Vaccination United Provinces of Agra and Oudh 1902-1913 - 1902-1913
Year: 1902
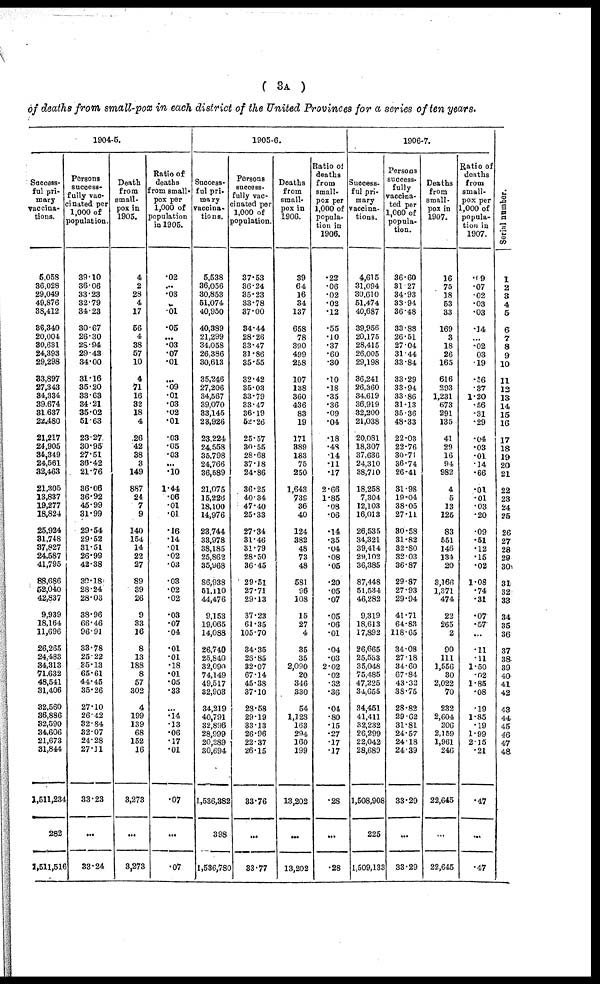
( 3A )
of deaths from small-pox in each district of the United Provinces for a series of ten years.
1904-5.
Success¬
ful pri-
mary
vaccina-
tions.
5,058
36,028
29,049
49,876
38,412
36,340
20,004
30,631
24,393
29,298
33,897
27,343
34,334
39,674
31,637
22,480
21,217
24,905
34,349
24,561
32,463
21,305
13,837
19,277
18,824
25,924
31,748
37,827
24,587
41,795
88,686
52,040
42,837
9,939
18,164
11,696
26,265
24,483
34,313
71,632
48,541
31,406
32,560
36,886
32,590
34,606
21,673
31,844
1,511,234
282
1,511,516
Persons
success-
fully vac¬
cinated per
1,000 of
population.
39.10
36.06
33.23
32.79
34.23
30.67
26.30
28.94
29.43
34.00
31.16
35.20
33.63
34.21
35.02
51.63
23.27
30.95
27.51
36.42
21.76
36.06
36.92
45.99
31.99
29.54
29.52
31.51
26.99
42.38
30.18
28.24
28.03
38.96
66.46
96.91
33.78
25.22
35.13
65.61
44.45
35.26
27.10
26.42
32.84
32.07
24.28
27.31
33.23
...
33.24
Death
from
small-
pox in
1905.
4
2
28
4
17
56
4
38
57
10
4
71
16
32
18
4
26
42
38
3
149
887
24
7
9
140
154
14
22
27
89
39
26
9
33
16
8
13
188
8
57
302
4
199
139
68
152
16
3,273
...
3,273
Ratio of
deaths
from small¬
pox per
1,000 of
population
in 1905.
.02
...
.03
...
.01
.05
...
.03
.07
.01
...
.09
.01
.03
.02
.01
.03
.05
.03
...
.10
1.44
.06
.01
.01
.16
.14
.01
.02
.03
.03
.02
.02
.03
.07
.04
.01
.01
.18
.01
.05
.33
...
.14
.13
.06
.17
.01
.07
...
.07
1905-6.
Success-
ful pri¬
mary
vaccina-
tions.
5,538
36,056
30,853
51,074
40,950
40,389
21,299
34,058
26,386
30,613
35,246
27,206
34,567
39,070
33,145
23,926
23,224
24,558
35,798
24,766
36,589
21,075
15,226
18,100
14,976
23,744
33,978
38,185
25,862
35,968
86,938
51,110
44,476
9,153
19,065
14,088
26,740
25,840
32,090
74,149
49,517
32,903
34,219
40,791
32,896
28,999
20,289
30,694
1,536,382
398
1,536,780
Persons
success-
fully vac-
cinated per
1,000 of
population.
37.53
36.24
35.23
33.78
37.00
34.44
28.26
33.47
31.86
35.55
32.42
35.03
33.79
33.47
36.19
52.26
25.57
30.55
28.68
37.18
24.86
36.25
40.34
47.40
25.33
27.34
31.46
31.79
28.50
36.45
29.51
27.71
29.13
37.23
61.35
105.70
34.35
26.85
32.07
67.14
45.38
37.10
28.58
29.19
33.13
26.96
22.37
26.15
33.76
...
33.77
Deaths
from
small-
pox in
1906.
39
64
16
34
137
658
78
390
499
258
107
138
360
436
83
19
171
389
183
75
250
1,643
739
36
40
124
382
48
73
48
581
96
108
15
27
4
35
35
2,090
20
346
330
54
1,128
163
294
160
199
13,202
...
13,202
Ratio of
deaths
from
small-
pox per
1,000 of
popula-
tion in
1906.
.22
.06
.02
.02
.12
.55
.10
.37
.60
.30
.10
.18
.35
.36
.09
.04
.18
.48
.14
.11
.17
2.66
1.85
.08
.06
.14
.35
.04
.08
.05
.20
.05
.07
.05
.06
.01
.04
.03
2.02
.02
.32
.36
.04
.80
.15
.27
.17
.17
.28
...
.28
1906-7.
Success-
ful pri-
mary
vaccina-
tions.
4,615
31,094
30,610
51,474
40,687
39,956
20,175
28,415
26,005
29,198
36,241
26,360
34,619
36,919
32,200
21,038
20,081
18,307
37,636
24,310
38,710
18,258
7,304
12,103
16,013
26,535
34,321
39,414
29,102
36,385
87,448
51,534
46,282
9,319
18,613
17,892
26,665
25,533
35,048
75,485
47,225
34,655
34,451
41,411
32,232
26,299
22,042
28,689
1,508,908
225
1,509,133
Persons
success¬
fully
vaccina-
ted per
1,000 of
popula-
tion.
36.60
31.27
34.93
33.94
36.48
33.88
26.51
27.04
31.44
33.84
33.29
33.94
33.86
31.13
35.36
48.33
22.03
22.76
30.71
36.74
26.41
31.98
19.04
38.05
27.11
30.58
31.82
32.80
32.03
36.87
29.87
27.93
29.94
41.71
64.83
118.65
34.08
27.18
34.60
67.84
43.32
38.75
28.82
29.62
31.81
24.57
24.18
24.39
33.29
...
33.29
Deaths
from
small-
pox in
1907.
16
75
18
53
33
169
3
18
26
165
616
293
1,231
673
291
135
41
29
16
94
982
4
5
13
125
83
551
146
134
20
3,166
1,371
474
22
265
2
90
111
1,556
30
2,022
70
232
2,604
206
2,159
1,961
246
22,645
...
22,645
Ratio of
deaths
from
small-
pox per
1,000 of
popula-
tion in
1907.
.09
.07
.02
.03
.03
.14
...
.02
.03
.19
.56
.37
1.20
.56
.31
.29
.04
.03
.01
.14
.66
.01
.01
.03
.20
.09
.51
.12
.15
.02
1.08
.74
.31
.07
.57
...
.11
.11
1.50
.02
1.85
.08
.19
1.85
.19
1.99
2.15
.21
.47
...
.47
Serial number.
1
2
3
4
5
6
7
8
9
10
11
12
13
14
15
16
17
18
19
20
21
22
23
24
25
26
27
28
29
30
31
32
33
34
35
36
37
38
39
40
41
42
43
44
45
46
47
48